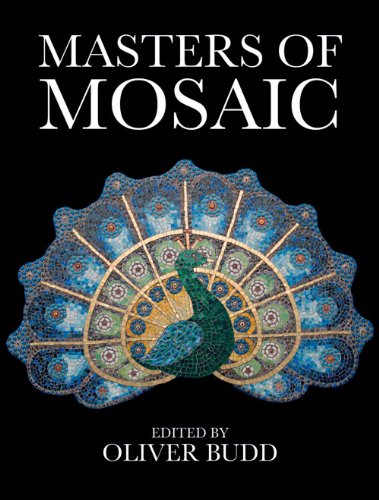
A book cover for Masters of Mosaic; Oliver Budd; Crafts, Hobbies & Home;